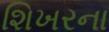
શિખરના